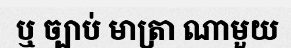
ឬ ច្បាប់ មាត្រា ណាមួយ